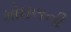
મોઘલની